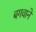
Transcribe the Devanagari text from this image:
बगवाने